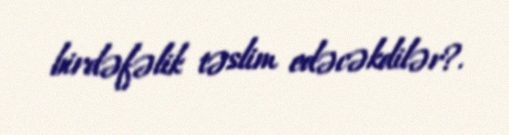
birdəfəlik təslim edəcəkdilər?.